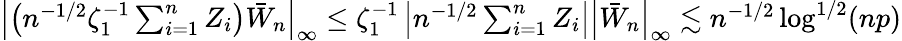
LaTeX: \begin{array}{r}{\left|\left(n^{-1/2}\zeta_{1}^{-1}\sum_{i=1}^{n}Z_{i}\right)\bar{W}_{n}\right|_{\infty}\leq\zeta_{1}^{-1}\left|n^{-1/2}\sum_{i=1}^{n}Z_{i}\right|\left|\bar{W}_{n}\right|_{\infty}\lesssim n^{-1/2}\log^{1/2}(np)}\end{array}